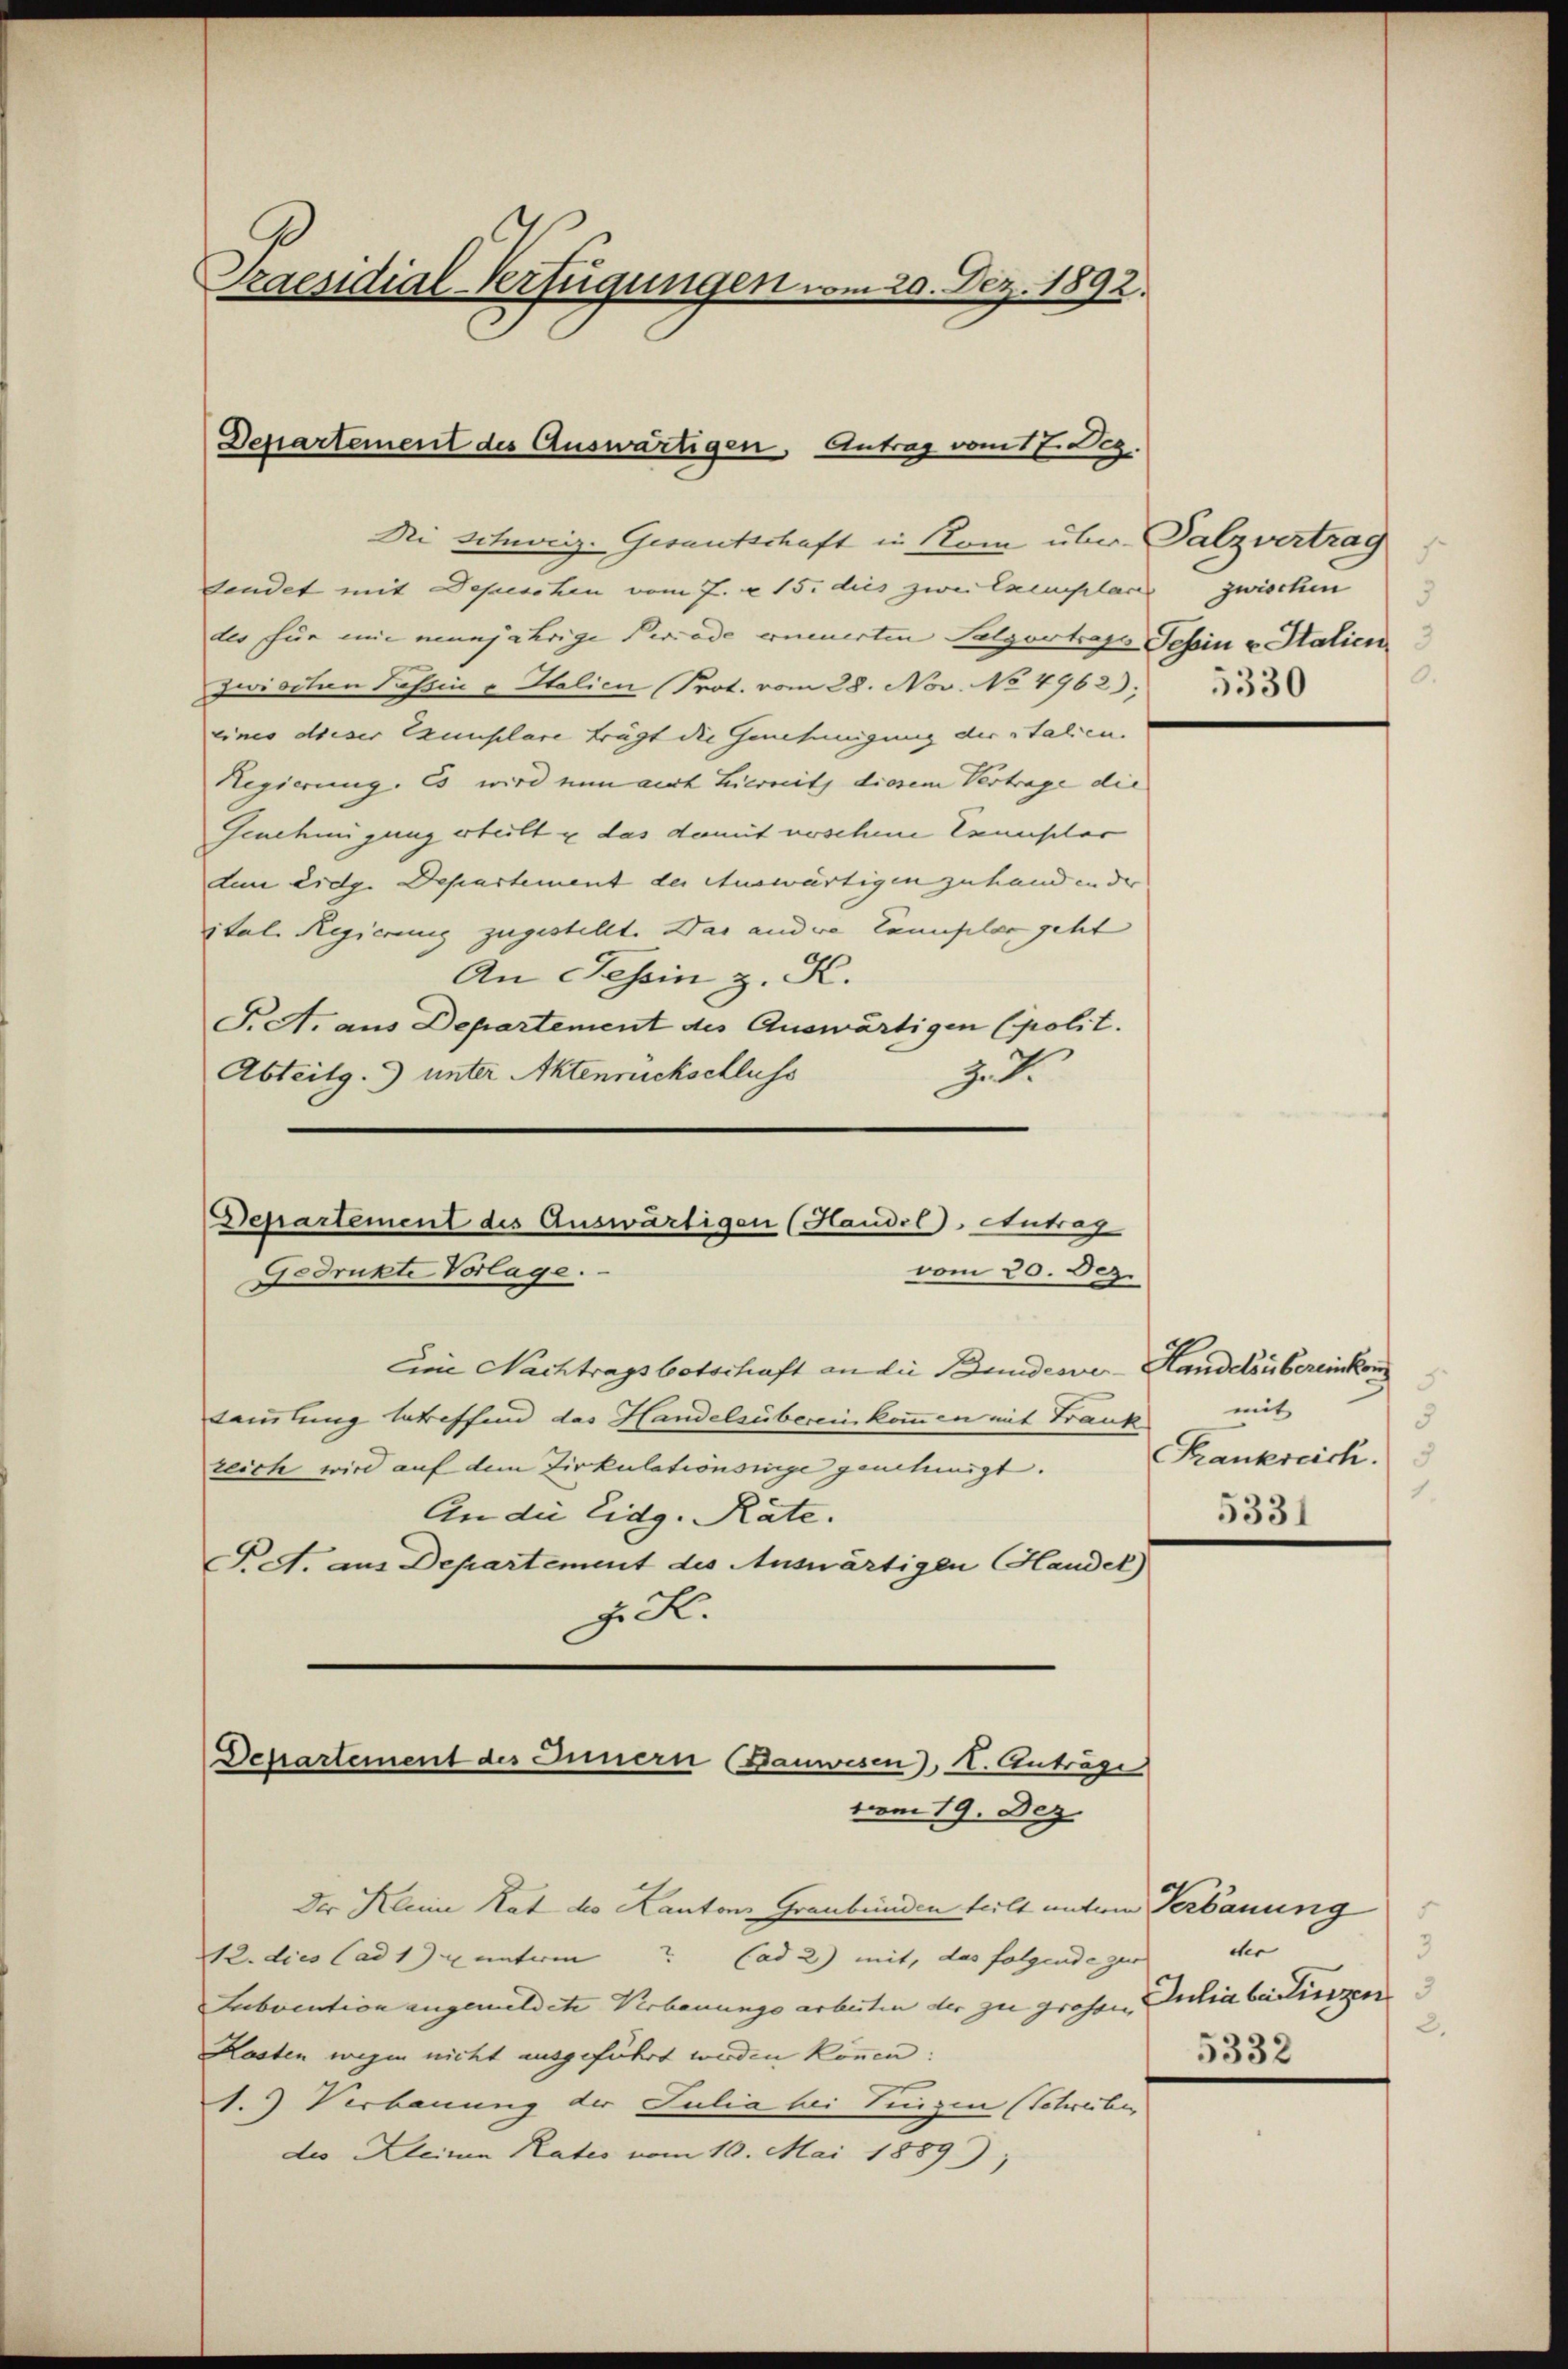
Praesidial-Verfügungen vom 20. Dez. 1892.

Ni Schweiz. Gesantschaft in Nom über Salzvertrag
sendet mit Depeschen vom 7. v. 15. dies zwei Exemplare zwischen
des für mir munjährige Perrade einerten Salzontags Tessin u. Statien
zwischen Passin u Italien (Prot. vom 28. Nov. No 4962)
eines dieser Exemplare trägt die Genehmigung der talien.
Regierung. Es wird nun auch hiernitz diesem Vertrage die
Genehmigung erteilt & das damit vorschen Ermusclar
dem eidg. Departement der Auswärtigen zu hand in der |
ital. Regierung zugestellt. Das andere Cannfelde geht
An Tessin z. K.
T. A. aus Departement des Auswärtigen (polit.
Abteilg. 3) unter Aktenrückschluss
J. J.

Departement des Auswärtigen, Antrag vom 17. Dez.

Departement des Auswärtigen (Haudel Antrag
Gedrükte Vorlage.
vom 30. Dez.

Departement des Innern (Bauwesen), I. Anträge
vom 19. Dez.

Eine Nachtragsbotschaft an die Bundesver- Sanddou bereinkung
Sammlung betreffend das Handelsübereinkommen mit Tränk
reich wird auf dem Zirkulationsrige genehmigt.
An die Eidg. Räte.
PA. aus Departement des Auswärtigen Handek
z. S.

7
.
5330

5
mit
5
Krankreich.
1.

Der Kleine Rat des Kantons Graubünden teilt unten Verbauung
12. dies (ad 1) unterm                           Cad 2) mit, das folgende zur
Subvention angemeldete Verbauungs arbeiten der zu grossen Julia bedingen
Kasten wegen nicht ausgeführt werden können:
1.) Verbauung der Julia bei Singen (Schreiber
des Kleinen Rates vom 10. Mai 1889

dher
3
2.
5332

5331